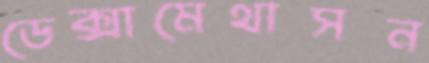
ডেক্সামেথাসন